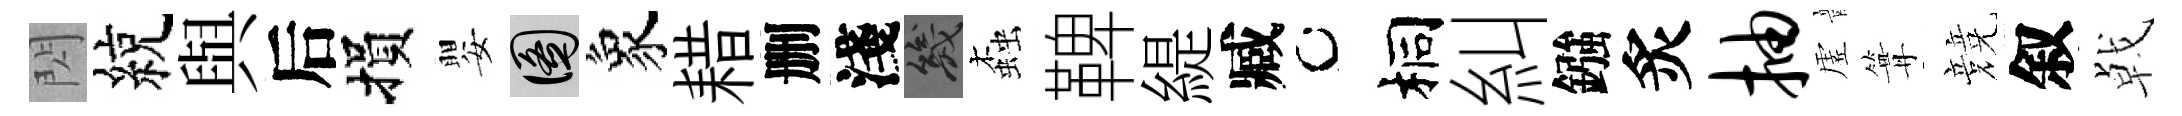
閃綂與后損嬰圖象耤删淺幾螙鞞緹臧桐糾鏹炙抽虗篝競叙㦸